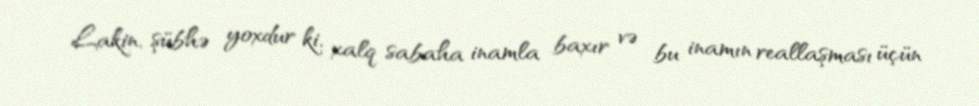
Lakin, şübhə yoxdur ki, xalq sabaha inamla baxır və bu inamın reallaşması üçün